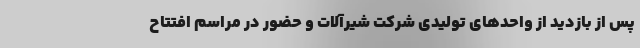
پس از بازدید از واحدهای تولیدی شرکت شیرآلات و حضور در مراسم افتتاح